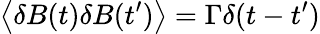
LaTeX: \left<\delta B(t)\delta B(t^{\prime})\right>=\Gamma\delta(t-t^{\prime})